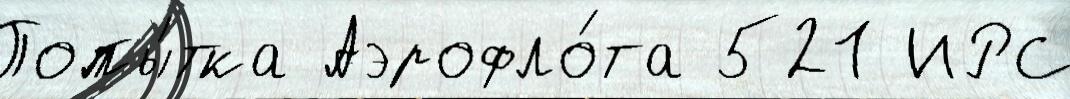
Попы́тка Аэрофло́та 521 ИРС